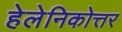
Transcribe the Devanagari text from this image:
हेलेनिकोत्तर